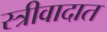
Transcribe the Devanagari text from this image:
स्त्रीवादात